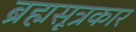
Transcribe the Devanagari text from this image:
ब्रह्मसूत्रकार